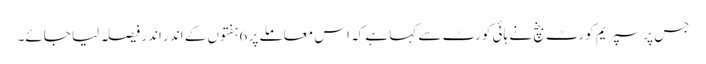
جس پر سپریم کورٹ بنچ نے ہائی کورٹ سے کہا ہے کہ اس معاملے پر 6ہفتوں کے اندر اندر فیصلہ لیا جائے۔